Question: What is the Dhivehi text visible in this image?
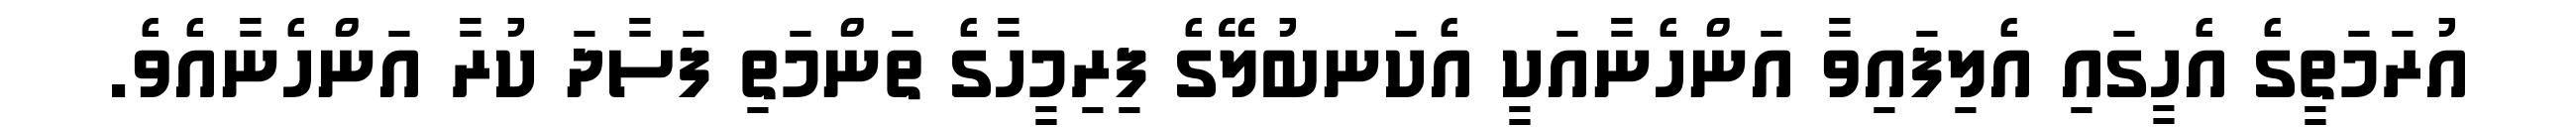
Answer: އުރަމަތީގެ އެހީގައި އެލިފައިވާ އަންހެނާއަކީ އެކަނބުލޭގެ ފިރިމީހާގެ ތަންމަތި ފަސާދަ ކުރާ އަންހެނާއެވެ.